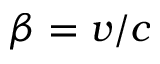
\beta = v / c